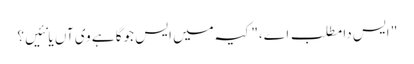
" ایس دا مطلب اے،" کیہ میں ایس جوگا ہے وی آں یا نئیں؟